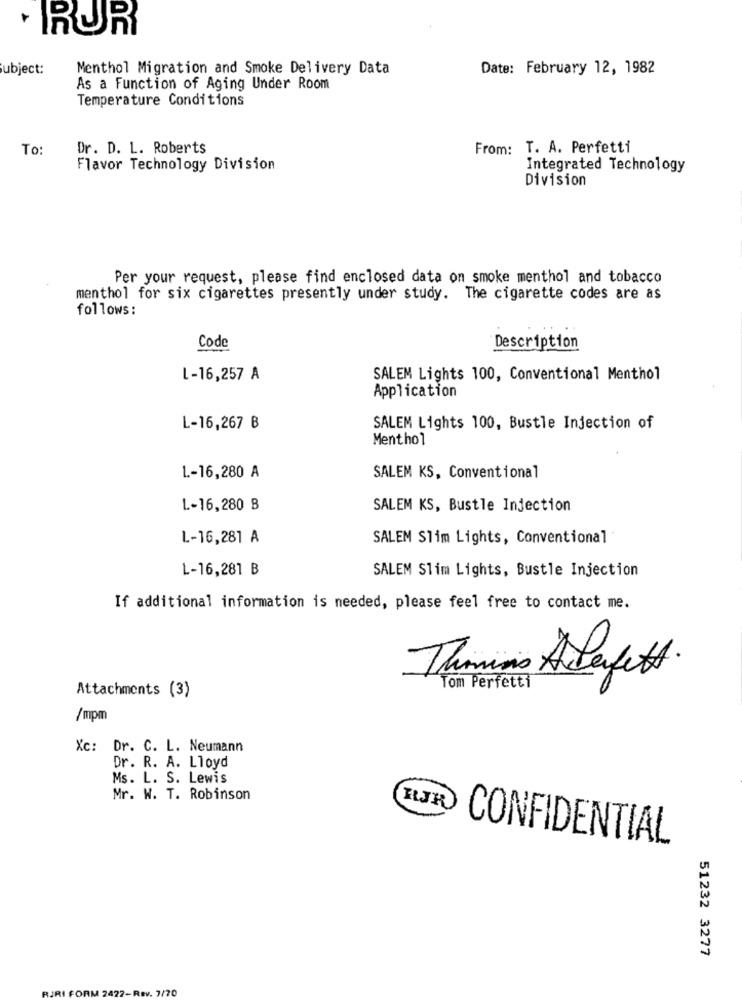
. RUR
Subject:
Menthol Migration and Smoke Delivery Data
Date: February 12, 1982
As a Function of Aging Under Room
Temperature Conditions
To:
Dr. D. L. Roberts
From: T. A. Perfetti
Flavor Technology Division
Integrated Technology
Division
Per your request, please find enclosed data on smoke menthol and tobacco
menthol for six cigarettes presently under study. The cigarette codes are as
follows:
Code
VUE
Description
L-16,257 A
SALEM Lights 100, Conventional Menthol
Application
L-16,267 B
SALEM Lights 100, Bustle Injection of
Menthol
1 .- 16,280 A
SALEM KS, Conventional
L-16,280 B
SALEM KS, Bustle Injection
L-16,281 A
SALEM Slim Lights, Conventional
L-16,281 B
SALEM Slim Lights, Bustle Injection
If additional information is needed, please feel free to contact me.
Thomas Aderfett.
Attachments (3)
Tom Perfetti
/mpm
Xc: Dr. C. L. Neumann
Dr. R. A. Lloyd
Ms. L. S. Lewis
Mr. W. T. Robinson
KIJK
CONFIDENTIAL
51232 3277
RJRI FORM 2422-REV. 7/70